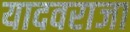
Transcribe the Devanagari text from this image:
यादवराजा